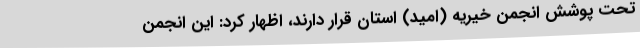
تحت پوشش انجمن خیریه (امید) استان قرار دارند، اظهار کرد: این انجمن